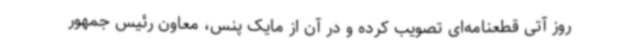
روز آتی قطعنامه‌ای تصویب کرده و در آن از مایک پنس، معاون رئیس جمهور